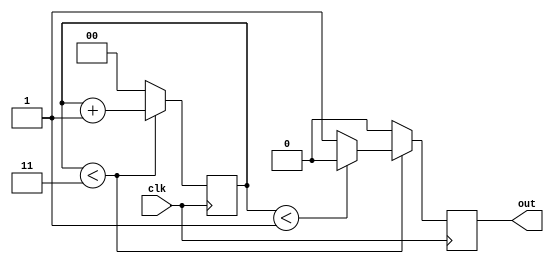
module int_div
    #(
    parameter F_DIV = 4
    )(
    input clk,
    output out
    );

    localparam F_DIV_WIDTH = $clog2(F_DIV);

    reg clk_p_r;
    reg clk_n_r;

    reg[F_DIV_WIDTH-1:0] count_p;
    reg[F_DIV_WIDTH-1:0] count_n;

    wire full_p;
    wire half_p;
    wire full_n;
    wire half_n;

    assign full_p = (count_p < F_DIV - 1);
    assign half_p = (count_p < (F_DIV>>1) - 1);
    assign full_n = (count_n < F_DIV - 1);
    assign half_n = (count_n < (F_DIV>>1) - 1);
    assign out = (F_DIV == 1) ? clk : (F_DIV[0] ? (clk_p_r & clk_n_r) : clk_p_r);

    always @(posedge clk) begin
        if(full_p) begin
            count_p <= count_p + 1;
            if(half_p)
                clk_p_r <= 0;
            else
                clk_p_r <= 1;
        end
        else begin
            count_p <= 0;
            clk_p_r <= 0;
        end
    end

    always @(negedge clk) begin
        if(full_n) begin
            count_n <= count_n + 1;
            if(half_n)
                clk_n_r <= 0;
            else
                clk_n_r <= 1;
        end
        else begin
            count_n <= 0;
            clk_n_r <= 0;
        end
    end

    endmodule